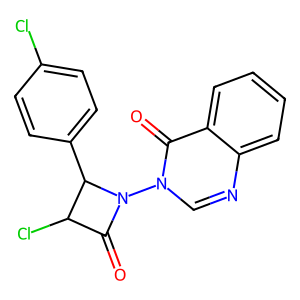
SMILES: O=C1C(Cl)C(c2ccc(Cl)cc2)N1n1cnc2ccccc2c1=O
Inhibits HIV replication: No